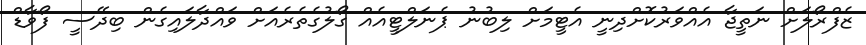
ޒެފްރޯލަށް ނަތީޖާ އެއްވަރުކޮށްދިނީ އެޓީމަށް ލިބުނު ޕެނަލްޓީއެއް ގޯލުގެތެރެއަށް ވައްދާލައިގެން ބިދޭސީ ފޯވާޑް